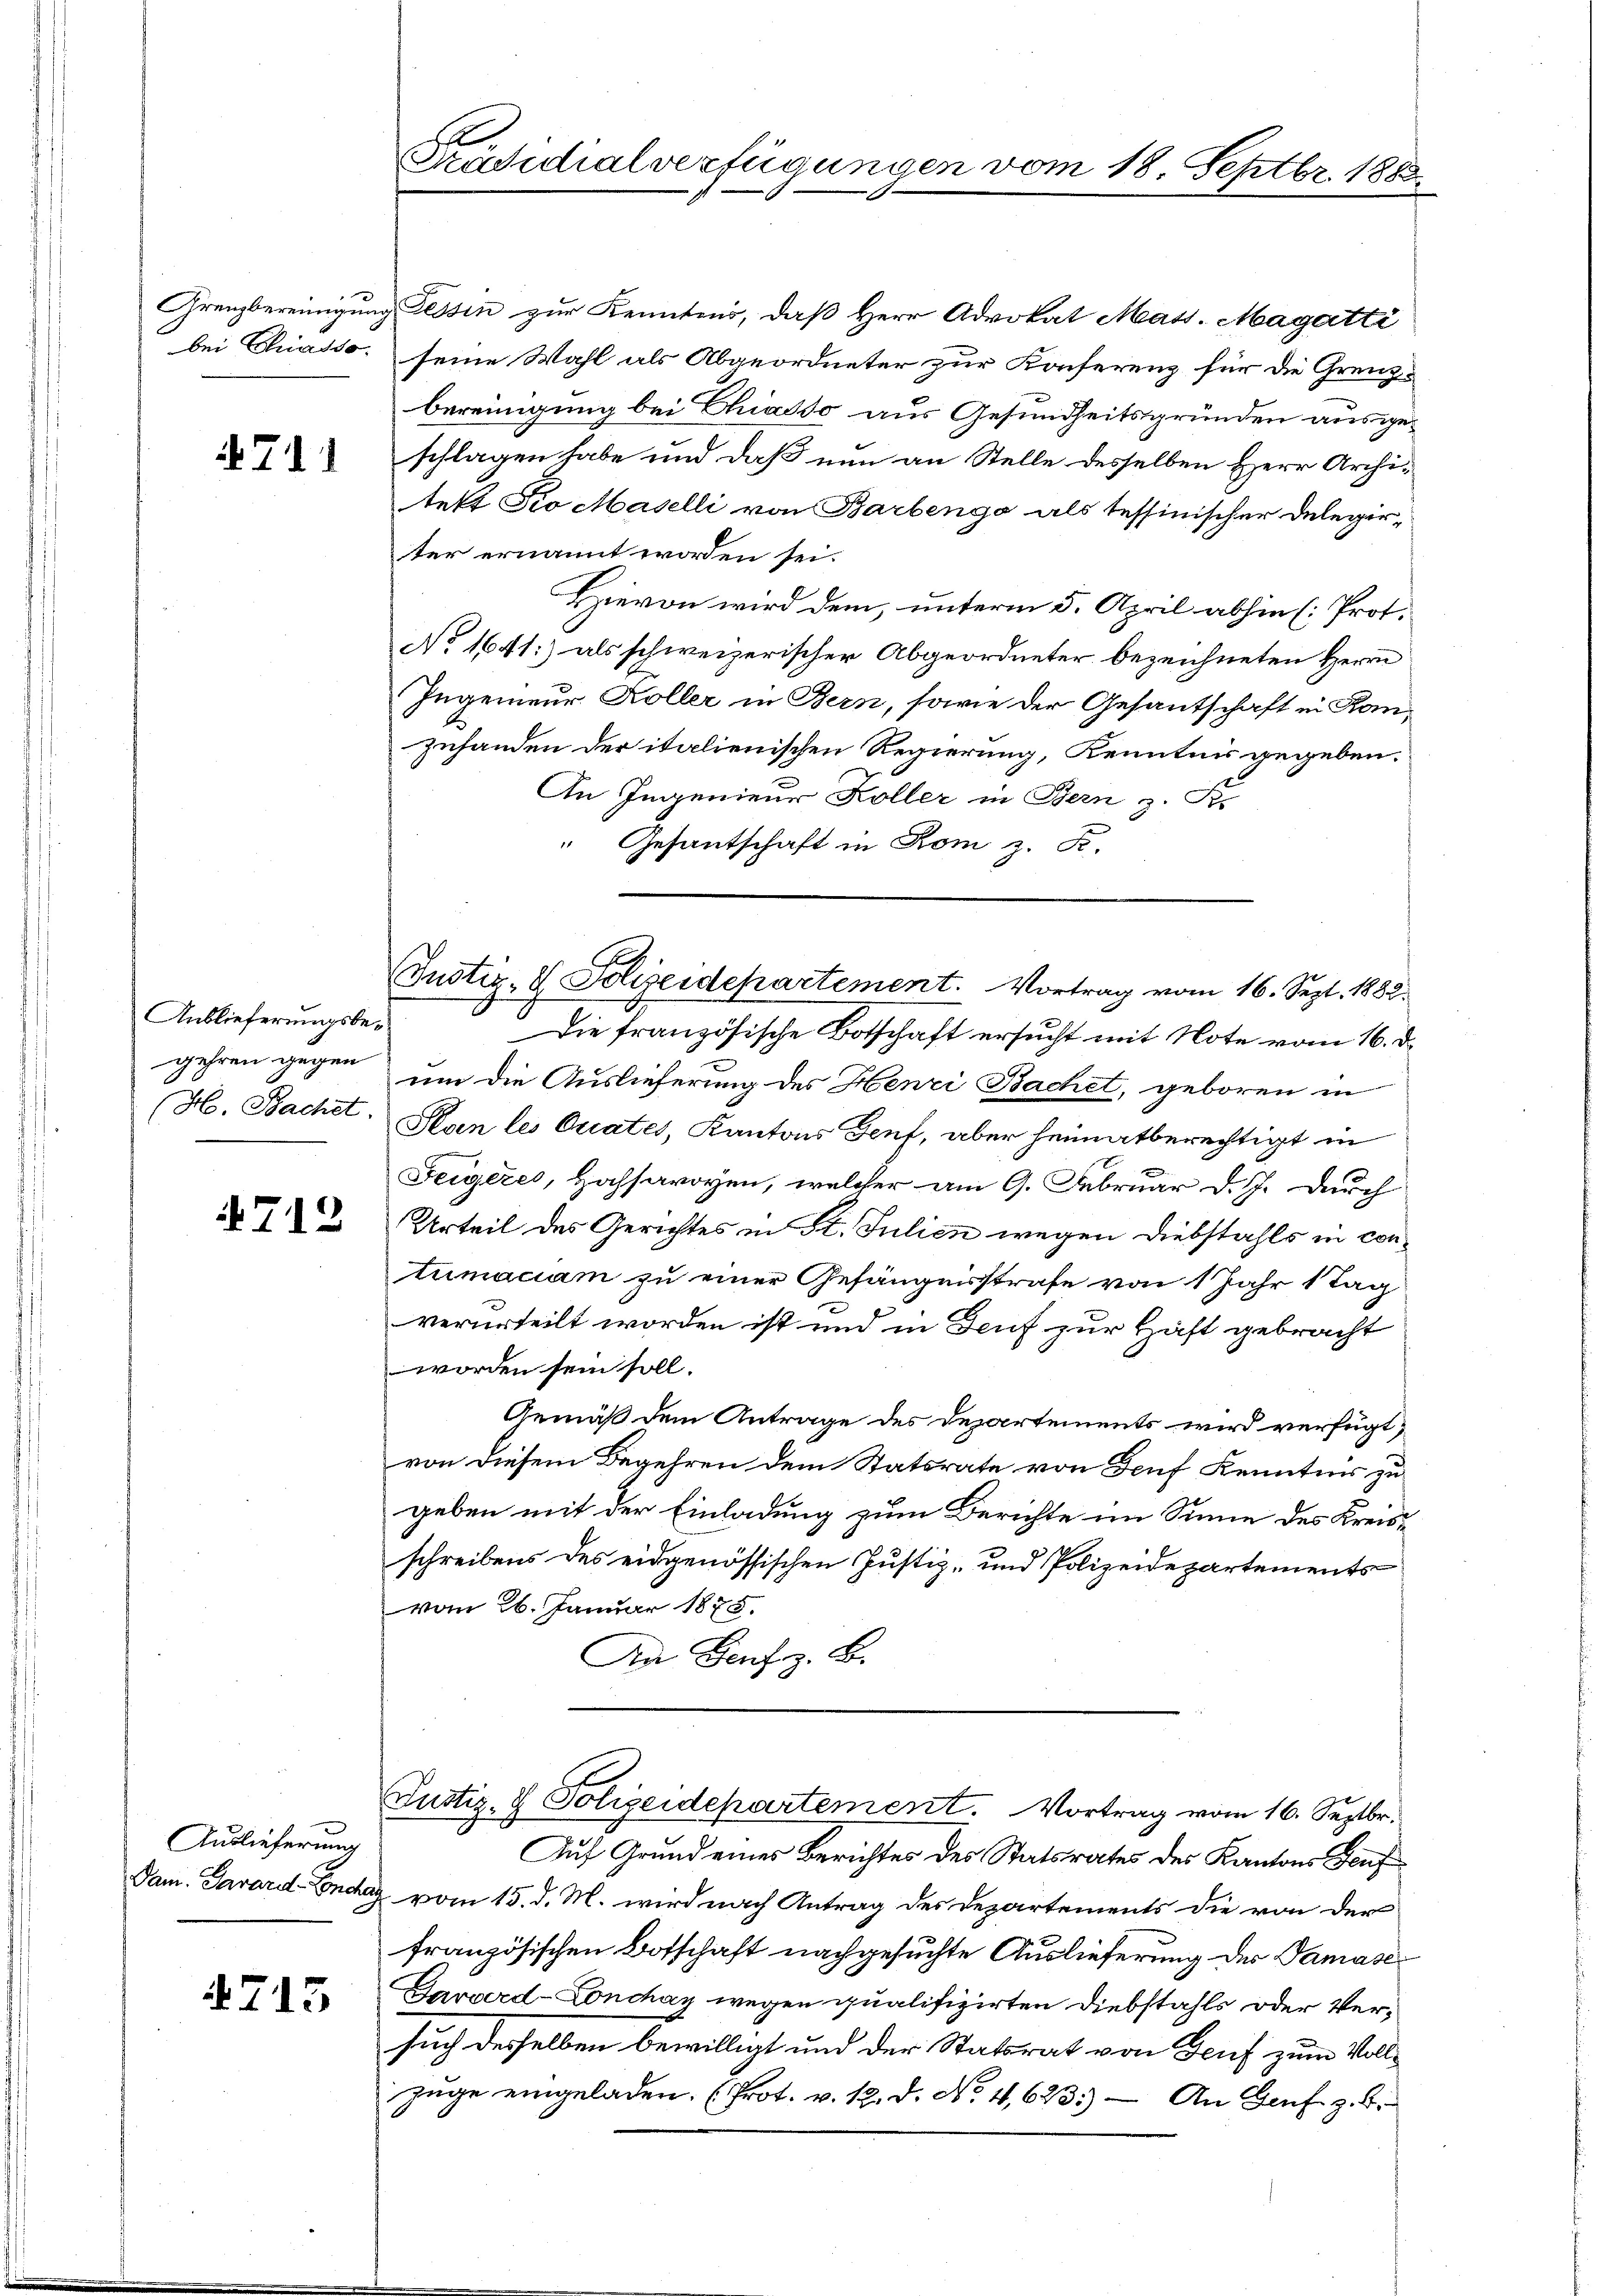
bei Chiasso.

711

Anblieferungsbegehren gegen
(H. Bachet.

4712

Auslieferung

715

Präsidialverfügungen vom 18. Septbr. 1888

Grenzbereinigung Tessin zur Kenntens, daß Herr Advokat Mass. Magatti
seine Wahl als Abgeordneter zur Konferenz für die Grenzbereinigung bei Chiasso aus Gesundheitsgründen ausgeschlagen habe und daß nun an Stelle desselben Herr Architeft Fio Maselli von Barbenga als tessinischer Delegirter ernannt worden sei.
Hievon wird dem, unterm 5. April abhin (Prot.
No 1641) als schweizerischer Abgeordneter bezeichneten Herrn
Ingenieur Koller in Bern, sowie der Gesantschaft in Kanzuhanden der italienischen Regierung, Kenntnis gegeben.
An Ingenieur Koller in Bern z. S.
" Gesantschaft in Rom z. B.
Die französische Botschaft ersucht mit Note vom 16. d.
um die Auslieferung des Henzi Bachet, geboren in
Plan les Quates, Kantons Genf, aber heimatberechtigt in
Feigeres, Hochsavoyen, welcher am 9. Februar d. J. durch
Urteil des Gerichtes in St. Julien wegen Diebstahls in contumaciam zu einer Gefängnisstrafe von 1 Jahr stag
verurteilt worden ist und in Deuf zur Haft gebracht
worden sein soll.
Gemäß dem Antrage des Departements wird verfügt,
von diesem Begehren dem Statsrate von Genf Kenntnis zu
geben mit der Einladung zum Berichte im Sinne des Kreisschreibens des eidgenössischen Justiz- und Polizeidepartements
vom 26. Januar 1875.
An Genf z. B.
Justiz- & Polizeidepartement. Vortrag vom 16. Septbr.
Auf Grund eines Berichtes des Statsrates des Kantons Teuf
Dam. Parard-Endaz vom 15. d. M. wird nach Antrag des Departements die von der
französischen Botschaft nachgesuchte Auslieferung der Damase¬
Garverd-Lonchan wegen qualifizirten Diebstahls oder Versuch desselben bewilligt und der Statsrat von Genf zum Vollzŭge eingeladen. (Prot. v. 12. d. No. 4,6233) An Genf z. B.

Justiz- & Polizeidepartement. Vortrag vom 16. Sept. 1882.